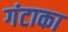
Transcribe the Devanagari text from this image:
गंटाका